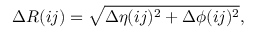
\Delta R ( { i j } ) = \sqrt { \Delta \eta ( { i j } ) ^ { 2 } + \Delta \phi ( { i j } ) ^ { 2 } } ,